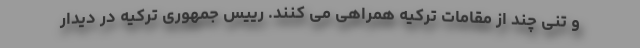
و تنی چند از مقامات ترکیه همراهی می کنند. رییس جمهوری ترکیه در دیدار